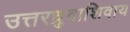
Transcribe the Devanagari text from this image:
उत्तरध्रुवाशिवाय